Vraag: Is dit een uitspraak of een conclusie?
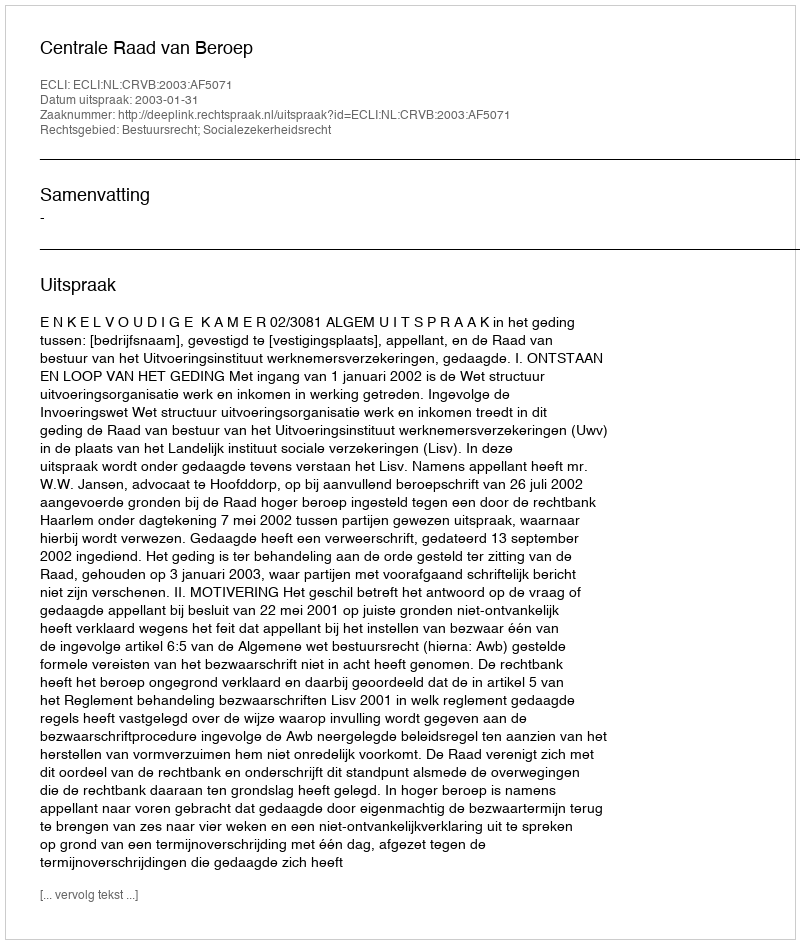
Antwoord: Uitspraak